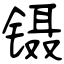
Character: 镊